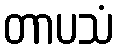
တာပသံ